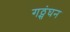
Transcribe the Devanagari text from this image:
गठ्संघन